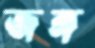
জঙ্গ